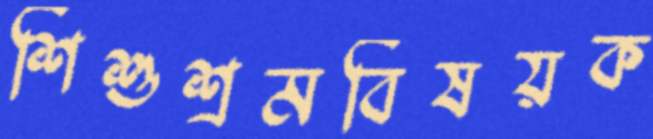
শিশুশ্রমবিষয়ক